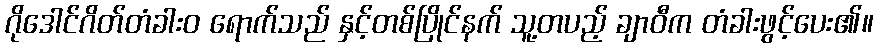
ဂိုဒေါင်ဂိတ်တံခါးဝ ရောက်သည် နှင့်တစ်ပြိုင်နက် သူ့တပည့် ချာဝီက တံခါးဖွင့်ပေး၏။